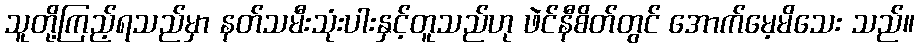
သူတို့ကြည့်ရသည်မှာ နတ်သမီးသုံးပါးနှင့်တူသည်ဟု ဖဲင်နီစိတ်တွင် အောက်မေ့မိသေး သည်။